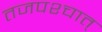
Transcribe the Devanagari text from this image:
तजपश्चात्